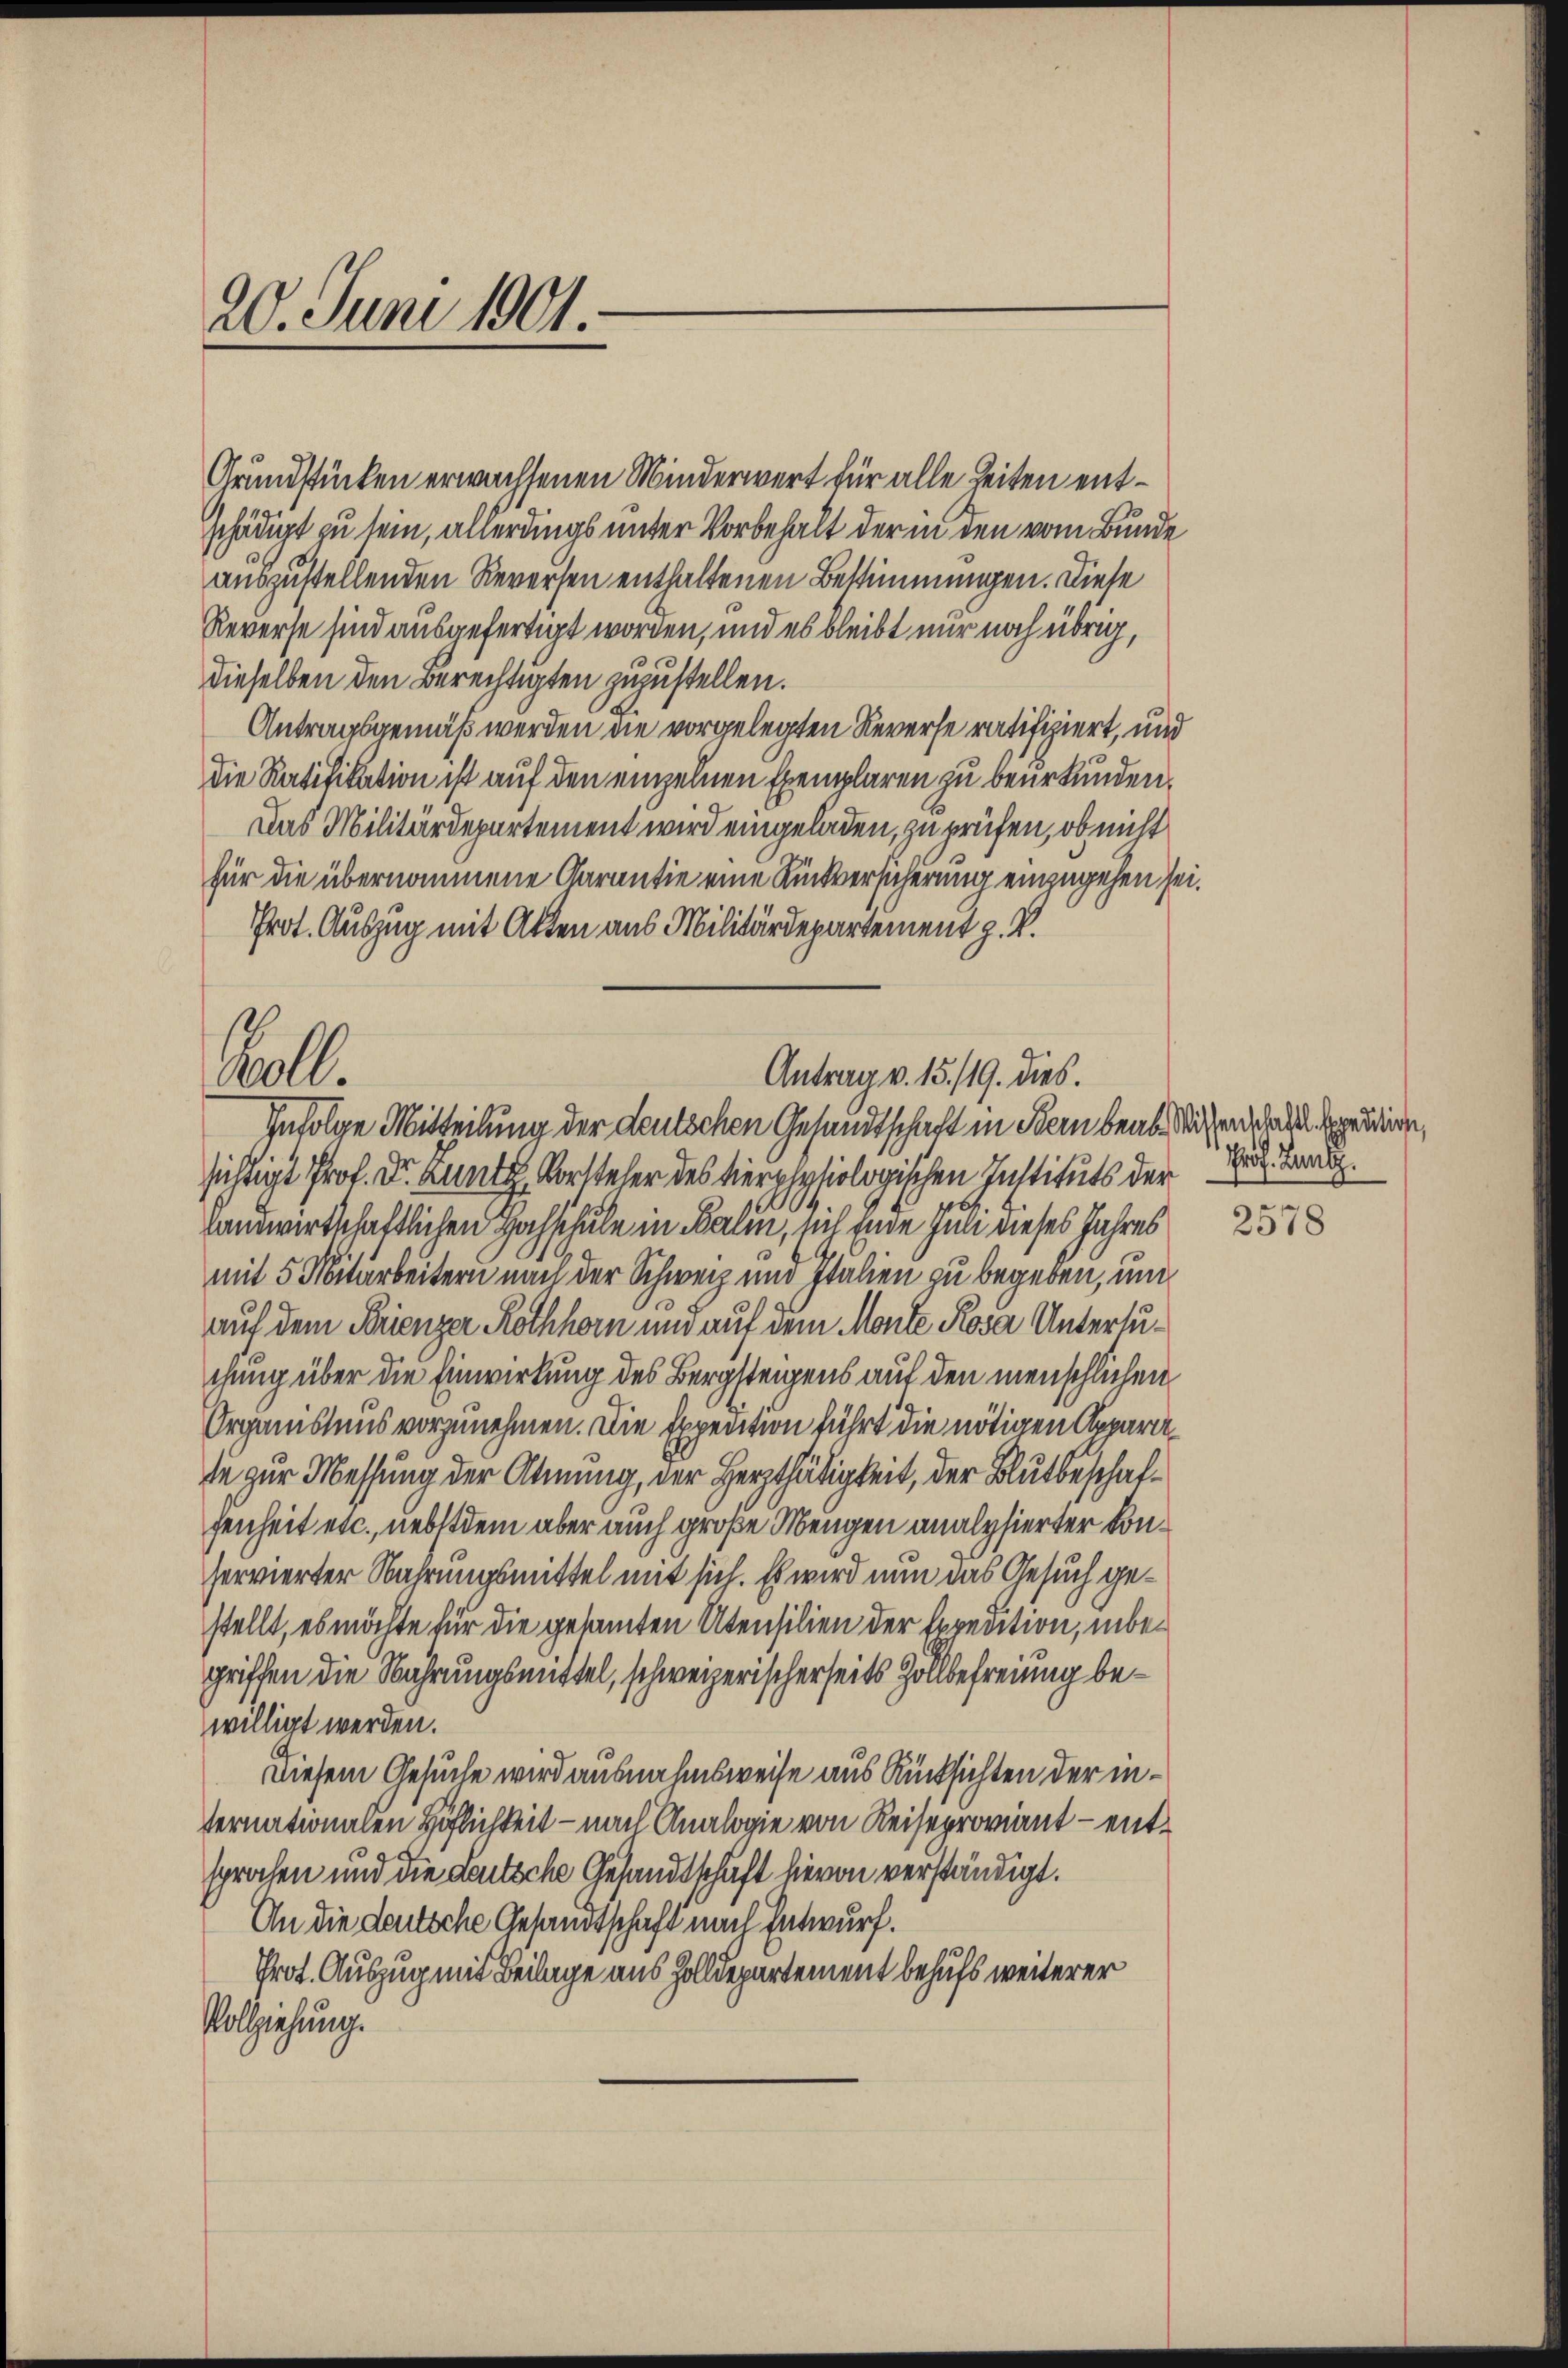
20. Juni 1901.

Grundstücken erwachsenen Minderwert für alle Zeiten entschädigt zu sein, allerdings unter Vorbehalt der in den vom Bunde
auszustellenden Reversen enthaltenen Bestimmungen. Diese
Reverse sind ausgefertigt worden, und es bleibt nur noch übrig,
dieselben den Berechtigten zuzustellen.
Antragsgemäß werden die vorgelegten Reverse ratifiziert, und
die Ratifikation ist auf den einzelnen Exemplaren zu beurkunden.
Das Militärdepartement wird eingeladen, zu prüfen, ob nicht
für die übernommene Garantie eine Rückversicherung einzugehen sei.
Prot. Auszug mit Akten aus Militärdepartement z. R.

Aull.
Antrag v. 15./19. dies.
Infolge Mitteilung der deutschen Gesandtschaft in Bern beabsichen das sein,

sichtigt Prof. Dr. Lun Vorsteher des tierphysiologischen Instituts der Ve
landwirtschaftlichen Hochschule in Balin, sich Ende Juli dieses Jahres
mit 5 Mitarbeitern nach der Schweiz und Italien zu begeben, und
auf dem Brienzer Rothhorn und auf dem Monte Rosa Untersuchung über die Einwirkung des Bergsteigens auf den menschlichen
Organislaus vorzunehmen. Die Expedition führt die nötigen Apparate zur Messung der Atmung, der Herzthätigkeit, der Blutbeschafsenheit etc., nebstdem aber auch große Mengen analysierter Konservierter Nahrungsmittel mit sich. Es wird nun das Gesuch gestellt, es möchte für die gesamten Utensilien der Spredition, inbegriffen die Wahrungsmittel, schweizerischerseits Zollbefreiung bewilligt werden.
Diesem Gesuche wird ausnahmsweise aus Rücksichten der internationalen Höflichkeit – nach Analogie von Reiseproviant - entsprochen und die Leutsche Gesandtschaft hievon verständigt.
An die deutsche Gesandtschaft nach Entwurf.
Prot. Auszug mit Beilage aus Zolldepartement behufs weiterer
Vollziehung.

2578